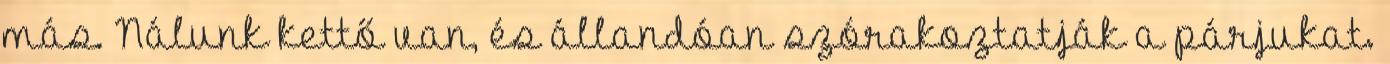
más. Nálunk kettő van, és állandóan szórakoztatják a párjukat.